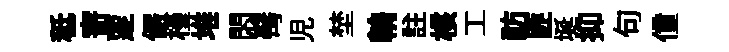
秪𭔃覂儼槿堆悶髩児埜輈註核工祊匪埏抑句僮